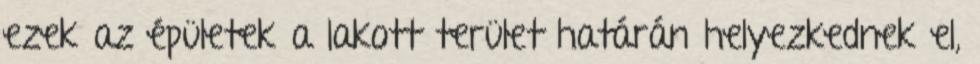
ezek az épületek a lakott terület határán helyezkednek el,